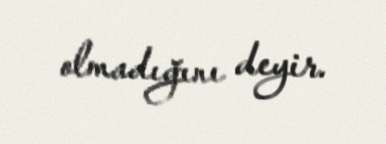
olmadığını deyir.